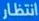
انتظار